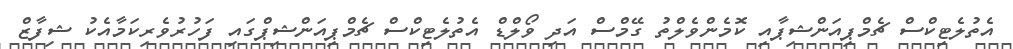
އެތުލެޓިކްސް ޗެމްޕިއަންޝިޕާއި ކޮމެންވެލްތު ގޭމްސް އަދި ވޯލްްޑް އެތުލެޓިކްސް ޗެމްޕިއަންޝިޕްގައި ފަހުރުވެރިކަމާއެކު ޝިފާޒް